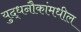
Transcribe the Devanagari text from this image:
युद्धनौकांमधील